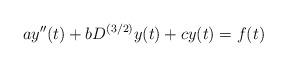
LaTeX: \begin{align*} ay''(t) + b D^{(3/2)}y(t) +cy(t)=f(t)\end{align*}